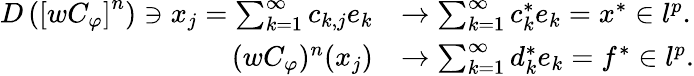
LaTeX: \begin{array}{rl}{D\left(\left[wC_{\varphi}\right]^{n}\right)\owns x_{j}=\sum_{k=1}^{\infty}{c_{k,j}e_{k}}}&{\rightarrow\sum_{k=1}^{\infty}{c_{k}^{*}e_{k}}=x^{*}\in l^{p}.}\\ {(wC_{\varphi})^{n}(x_{j})}&{\rightarrow\sum_{k=1}^{\infty}{d_{k}^{*}e_{k}}=f^{*}\in l^{p}.}\end{array}